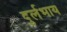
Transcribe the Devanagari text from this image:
दुर्लभाय